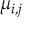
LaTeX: \mu _ { i , j }